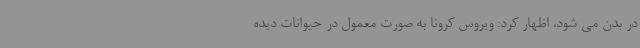
در بدن می شود، اظهار کرد: ویروس کرونا به صورت معمول در حیوانات دیده